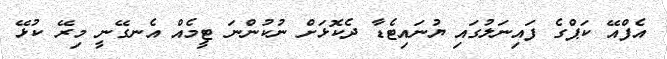
އެފްއޭ ކަޕްގެ ފައިނަލުގައި ޔުނައިޓެޑާ ދެކޮޅަށް ނުކުންނަ ޓީމެއް އެނގޭނީ މިރޭ ކުޅޭ